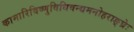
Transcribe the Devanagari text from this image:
कामारिविष्णुविधिवन्द्यमनोहराङ्घ्रेः